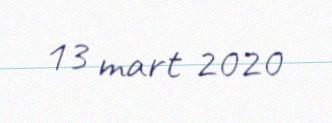
13 mart 2020